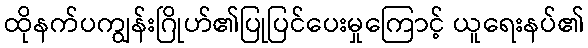
ထိုနက်ပကျွန်းဂြိုဟ်၏ပြုပြင်ပေးမှုကြောင့် ယူရေးနပ်၏